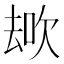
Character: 𱑩